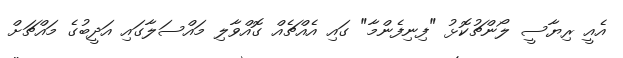
އެއީ ރިޔާސީ ލޯންޗުކޮޅު "ފިނިފެންމާ" ގައި އެއްޗެއް ގޮއްވާލި މައްސަލާގައި އަދީބުގެ މައްޗަށް